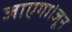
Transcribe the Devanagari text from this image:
जाएगा।जून